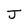
Character: J